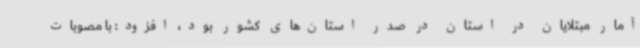
آمار مبتلایان در استان در صدر استان‌های کشور بود، افزود: با مصوبات